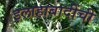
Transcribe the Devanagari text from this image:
इलाहाबादींची